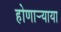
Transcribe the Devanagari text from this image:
होणार्‍याया